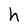
Character: h